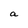
Character: a